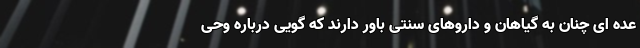
عده ای چنان به گیاهان و داروهای سنتی باور دارند که گویی درباره وحی